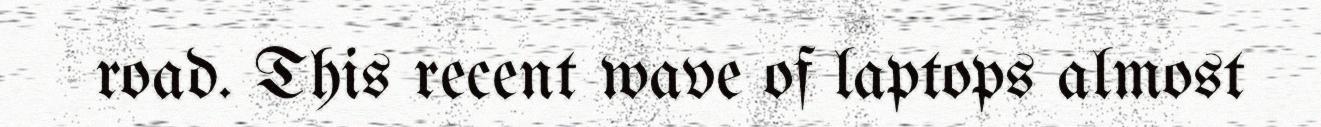
road. This recent wave of laptops almost